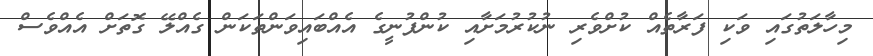
މިހާލަތުގައި ވަކި ފަރާާތެއް ކުށްވެރި ނުކުރުމަށާއި ކުންފުނީގެ އެއްބައިވަންތަކަން ގެއްލޭ ގޮތަށް އެއްވެސް